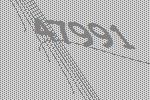
47991